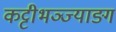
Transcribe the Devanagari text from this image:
कट्टीभञ्ज्याङ्ग